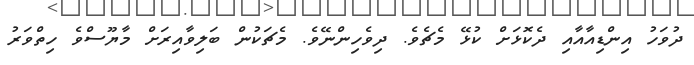
ދުވަހު އިންޑިއާއާއި ދެކޮޅަށް ކުޅޭ މެޗެވެ. ދިވެހިންނޭވެ. މެޗަކުން ބަލިވާއިރަށް މާޔޫސްވެ ހިތްވަރު